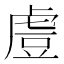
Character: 䖒